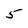
Character: 5